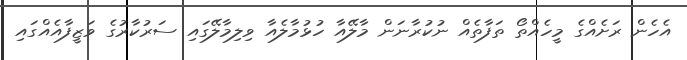
އެހެން ރަށެއްގެ މީހެއްތޯ ތަފާތެއް ނުކުރާނަން މާލޭއާ ހުޅުމާލެއާ ވިލިމާލޭގައި ސަރުކާރުގެ ވަޒީފާއެއްގައި